Lunatic asylums in Bengal annual reports 1899-1911 - 1899-1911
Year: 1899
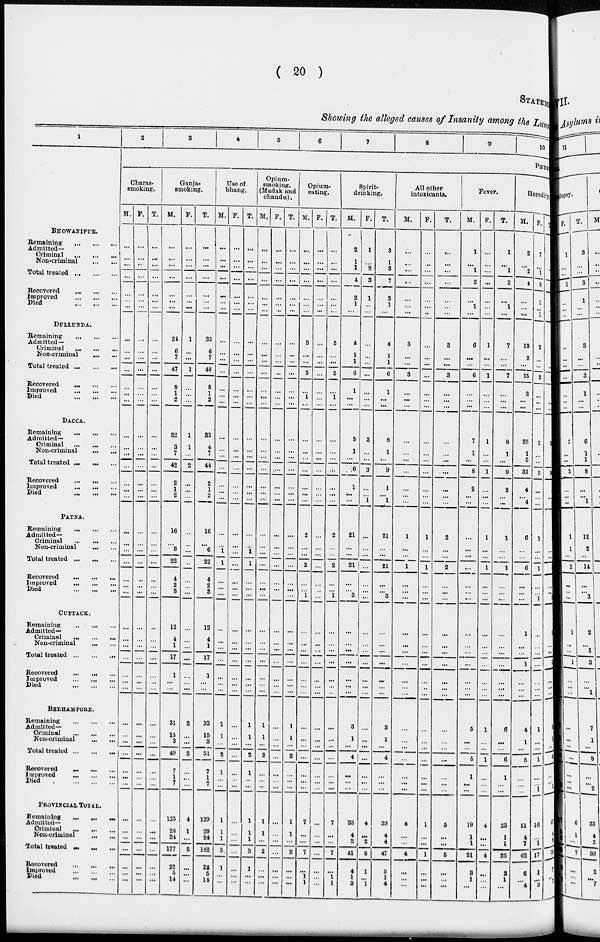
( 20 )
STATEMENT
Showing the alleged causes of Insanity among the Luna
1
BHOWANIPUR.
Remaining ... ... ...
Admitted—
Criminal ... ... ...
Non-criminal ... ...
Total treated
...
...
...
Recovered
...
...
...
Improved
...
...
...
Died
...
...
...
DULLUNDA.
Remaining
...
...
...
Admitted—
Criminal
...
...
...
Non-criminal
... ...
Total treated
...
...
...
Recovered
...
...
...
Improved
...
...
...
Died
...
...
...
DACCA.
Remaining
...
...
...
Admitted—
Criminal
...
...
...
Non-criminal
...
...
Total treated ... ... ...
Recovered
...
...
...
Improved
...
...
...
Died ... ... ...
PATNA.
Remaining
...
...
...
Admitted—
Criminal
...
...
...
Non-criminal ... ...
Total treated
...
...
...
Recovered ... ... ...
Improved
...
...
...
Died
...
...
...
CUTTACK.
Remaining
...
...
...
Admitted—
Criminal ... ... ...
Non-criminal ... ...
Total treated
...
...
...
Recovered
...
...
...
Improved
...
...
...
Died
...
...
...
BERHAMPORE.
Remaining
...
...
...
Admitted—
Criminal ... ... ...
Non-criminal ... ...
Total treated ... ... ...
Recovered ... ... ...
Improved ... ... ...
Died
...
...
...
PROVINCIAL TOTAL.
Remaining ... ... ...
Admitted—
Criminal ... ... ...
Non-criminal ... ...
Total treated ... ... ...
Recovered ... ... ...
Improved ... ... ...
Died
...
...
...
2
3
4
5
6
7
8
9
10
PHYS
Charas-
smoking.
M.
...
...
...
...
...
...
...
...
...
...
...
...
...
...
...
...
...
...
...
...
...
...
...
...
...
...
...
...
...
...
...
...
...
...
...
...
...
...
...
...
...
...
...
...
...
...
...
...
...
F.
...
...
...
...
...
...
...
...
...
...
...
...
...
...
...
...
...
...
...
...
...
...
...
...
...
...
...
...
...
...
...
...
...
...
...
...
...
...
...
...
...
...
...
...
...
...
...
...
...
T.
...
...
...
...
...
...
...
...
...
...
...
...
...
...
...
...
...
...
...
...
...
...
...
...
...
...
...
...
...
...
...
...
...
...
...
...
...
...
...
...
...
...
...
...
...
...
...
...
...
Ganja-
smoking.
M.
...
...
...
...
...
...
...
34
6
7
47
8
1
2
32
3
7
42
2
1
2
16
...
6
22
4
2
3
12
4
1
17
1
...
...
31
15
3
49
7
1
7
125
28
24
177
22
5
14
F.
...
...
...
...
...
...
...
1
...
...
1
...
...
...
1
1
...
2
...
...
...
...
...
...
...
...
...
...
...
...
...
...
...
...
...
2
...
...
2
...
...
...
4
...
...
5
...
...
...
T.
...
...
...
...
...
...
...
35
6
7
48
8
1
2
33
4
7
44
2
1
2
16
...
6
22
4
2
3
12
4
1
17
1
...
...
33
15
3
51
7
1
7
129
1
24
182
22
5
14
Use of
bhang.
M.
...
...
...
...
...
...
...
...
...
...
...
...
...
...
...
...
...
...
...
...
...
...
...
1
1
...
...
...
...
...
...
...
...
...
...
1
1
...
2
1
...
...
1
29
1
3
1
...
...
F.
...
...
...
...
...
...
...
...
...
...
...
...
...
...
...
...
...
...
...
...
...
...
...
...
...
...
...
...
...
...
...
...
...
...
...
...
...
...
...
...
...
...
...
1
...
...
...
...
...
T.
...
...
...
...
...
...
...
...
...
...
...
...
...
...
...
...
...
...
...
...
...
...
...
1
1
...
...
...
...
...
...
...
...
...
...
1
1
...
2
1
...
...
1
...
1
3
1
...
...
Opium-
smoking.
(Madak and
chandu).
M.
...
...
...
...
...
...
...
...
...
...
...
...
...
...
...
...
...
...
...
...
...
...
...
...
...
...
...
...
...
...
...
...
...
...
...
1
1
...
2
...
...
...
1
1
...
2
...
...
...
F.
...
...
...
...
...
...
...
...
...
...
...
...
...
...
...
...
...
...
...
...
...
...
...
...
...
...
...
...
...
...
...
...
...
...
...
...
...
...
...
...
...
...
...
1
...
...
...
...
...
T.
...
...
...
...
...
...
...
...
...
...
...
...
...
...
...
...
...
...
...
...
...
...
...
...
...
...
...
...
...
...
...
...
...
...
...
1
1
...
2
...
...
...
1
...
...
2
...
...
...
Opium-
eating.
M.
...
...
...
...
...
...
...
5
...
...
5
...
...
...
...
...
...
...
...
...
...
2
...
...
2
...
...
1
...
...
...
...
...
...
...
...
...
...
...
...
...
...
7
1
...
7
...
...
...
F.
...
...
...
...
...
...
...
...
...
...
...
...
...
...
...
...
...
...
...
...
...
...
...
...
...
...
...
...
...
...
...
...
...
...
...
...
...
...
...
...
...
...
...
...
...
...
...
1
1
T.
...
...
...
...
...
...
...
5
...
...
5
...
...
...
...
...
...
...
...
...
...
2
...
...
2
...
... ...
...
...
...
...
...
...
...
...
...
...
...
...
...
...
7
...
...
7
...
...
...
Spirit-
drinking.
M.
2
1
1
4
2
1
...
4
1
1
6
1
...
...
5
1
...
6
1
...
...
21
...
...
21
...
... 3
...
...
...
...
...
...
...
3
1
...
4
...
...
...
35
4
2
41
4
1
1
F.
1
...
2
3
1
...
...
...
...
...
...
...
...
...
3
...
...
3
...
...
1
...
...
...
...
...
...
...
...
...
...
...
...
...
...
...
...
...
...
...
...
...
4
...
2
6
1
...
3
T.
3
1
3
7
3
1
...
4
1
1
6
1
...
...
8
1
...
9
1
...
1
21
...
...
21
...
... 3
...
...
...
...
...
...
...
3
1
...
4
...
...
...
39
4
4
47
5
1
4
All other
intoxicants.
M.
...
...
...
...
...
...
...
3
...
...
3
...
...
...
...
...
...
...
...
...
...
1
...
...
1
...
...
...
...
...
...
...
...
...
...
...
...
...
...
...
...
...
4
...
...
4
...
...
...
F.
...
...
...
...
...
...
...
...
...
...
...
...
...
...
...
...
...
...
...
...
...
1
...
...
1
...
...
...
...
...
...
...
...
...
...
...
...
...
...
...
...
...
1
...
...
1
...
...
...
T.
...
...
...
...
...
...
...
3
...
...
3
...
...
...
...
...
...
...
...
...
...
2
...
...
2
...
...
...
...
...
...
...
...
...
...
...
...
...
...
...
...
...
5
...
...
5
...
...
...
Fever.
M.
1
...
1
2
...
1
...
6
...
...
6
...
...
...
7
1
...
8
2
...
...
...
...
...
...
...
...
...
...
...
...
...
...
...
...
5
...
...
5
...
...
...
19
1
1
21
3
1
...
F.
...
...
...
...
...
...
...
1
...
...
1
...
...
...
1
...
...
1
...
...
...
1
...
...
1
...
...
...
...
...
...
...
...
...
...
1
...
...
1
1
...
...
4
...
...
4
...
...
...
T.
1
...
1
2
...
1
...
7
...
...
7
...
...
...
8
1
...
9
2
...
...
1
...
...
1
...
...
...
...
...
...
...
...
...
...
6
...
...
6
1
...
...
23
1
1
25
3
1
...
Heredity.
M.
2
...
2
4
...
...
...
13
2
...
15
2
...
...
25
1
5
31
4
...
4
6
...
...
6
...
...
...
1
...
...
1
...
...
...
4
1
...
5
...
...
...
51
4
7
62
6
...
4
F.
7
...
1
8
1
...
1
2
...
...
2
...
...
...
5
...
...
5
...
...
...
1
...
...
1
...
... 1
...
...
...
...
...
...
...
1
...
...
1
...
...
1
16
...
1
17
1
...
3
T.
9
...
3
12
1
...
1
15
2
...
17
2
...
...
30
1
5
36
4
...
4
7
...
...
7
...
...
1
1
...
...
1
...
...
...
5
1
...
6
...
...
1
67
4
8 79
7
...
7